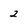
Character: 2